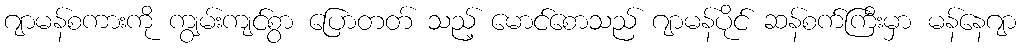
ဂျာမန်စကားကို ကျွမ်းကျင်စွာ ပြောတတ် သည့် မောင်စောသည် ဂျာမန်ပိုင် ဆန်စက်ကြီးမှာ မန်နေဂျာ